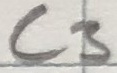
Text: C3